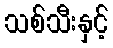
သစ်သီးနှင့်